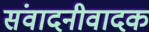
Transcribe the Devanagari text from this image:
संवादनीवादक